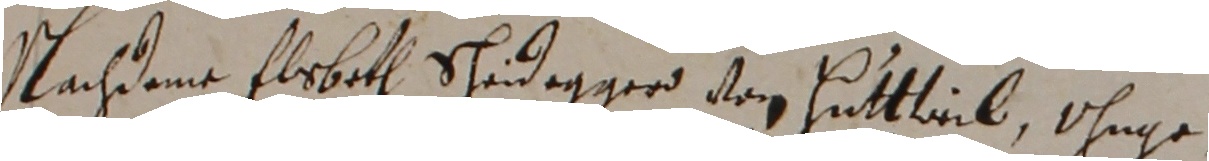
Nachdem Elrbeth Schedegger von Sutteil, ohnge¬